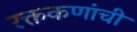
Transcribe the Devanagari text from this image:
रक्तकणांची